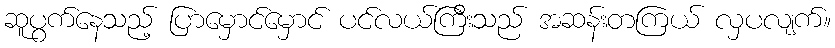
ဆူပွက်နေသည့် ပြာမှောင်မှောင် ပင်လယ်ကြီးသည် အဆန်းတကြယ် လှပလျက်။